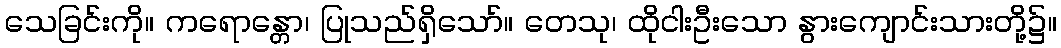
သေခြင်းကို။ ကရောန္တော၊ ပြုသည်ရှိသော်။ တေသု၊ ထိုငါးဦးသော နွားကျောင်းသားတို့၌။